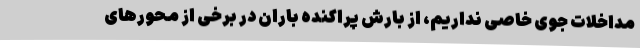
مداخلات جوی خاصی نداریم، از‌ بارش پراکنده باران در برخی از محورهای